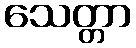
သေတ္တာ